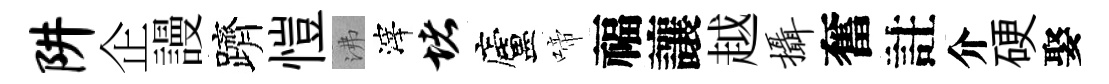
阱企謾躋愷沸滓堵廬啼福讓越摄奮註介硬娶